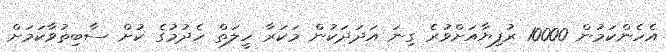
އެހެންކަމުން 10000 ރުފިޔާއަށްވުރެ ގިނަ އަދަދަކުން މަކަރާ ހީލަތް ހެދުމުގެ ކުށް ސާބިތުވާކަމަށް